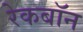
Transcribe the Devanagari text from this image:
रेकबॉन